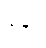
ရုန်း